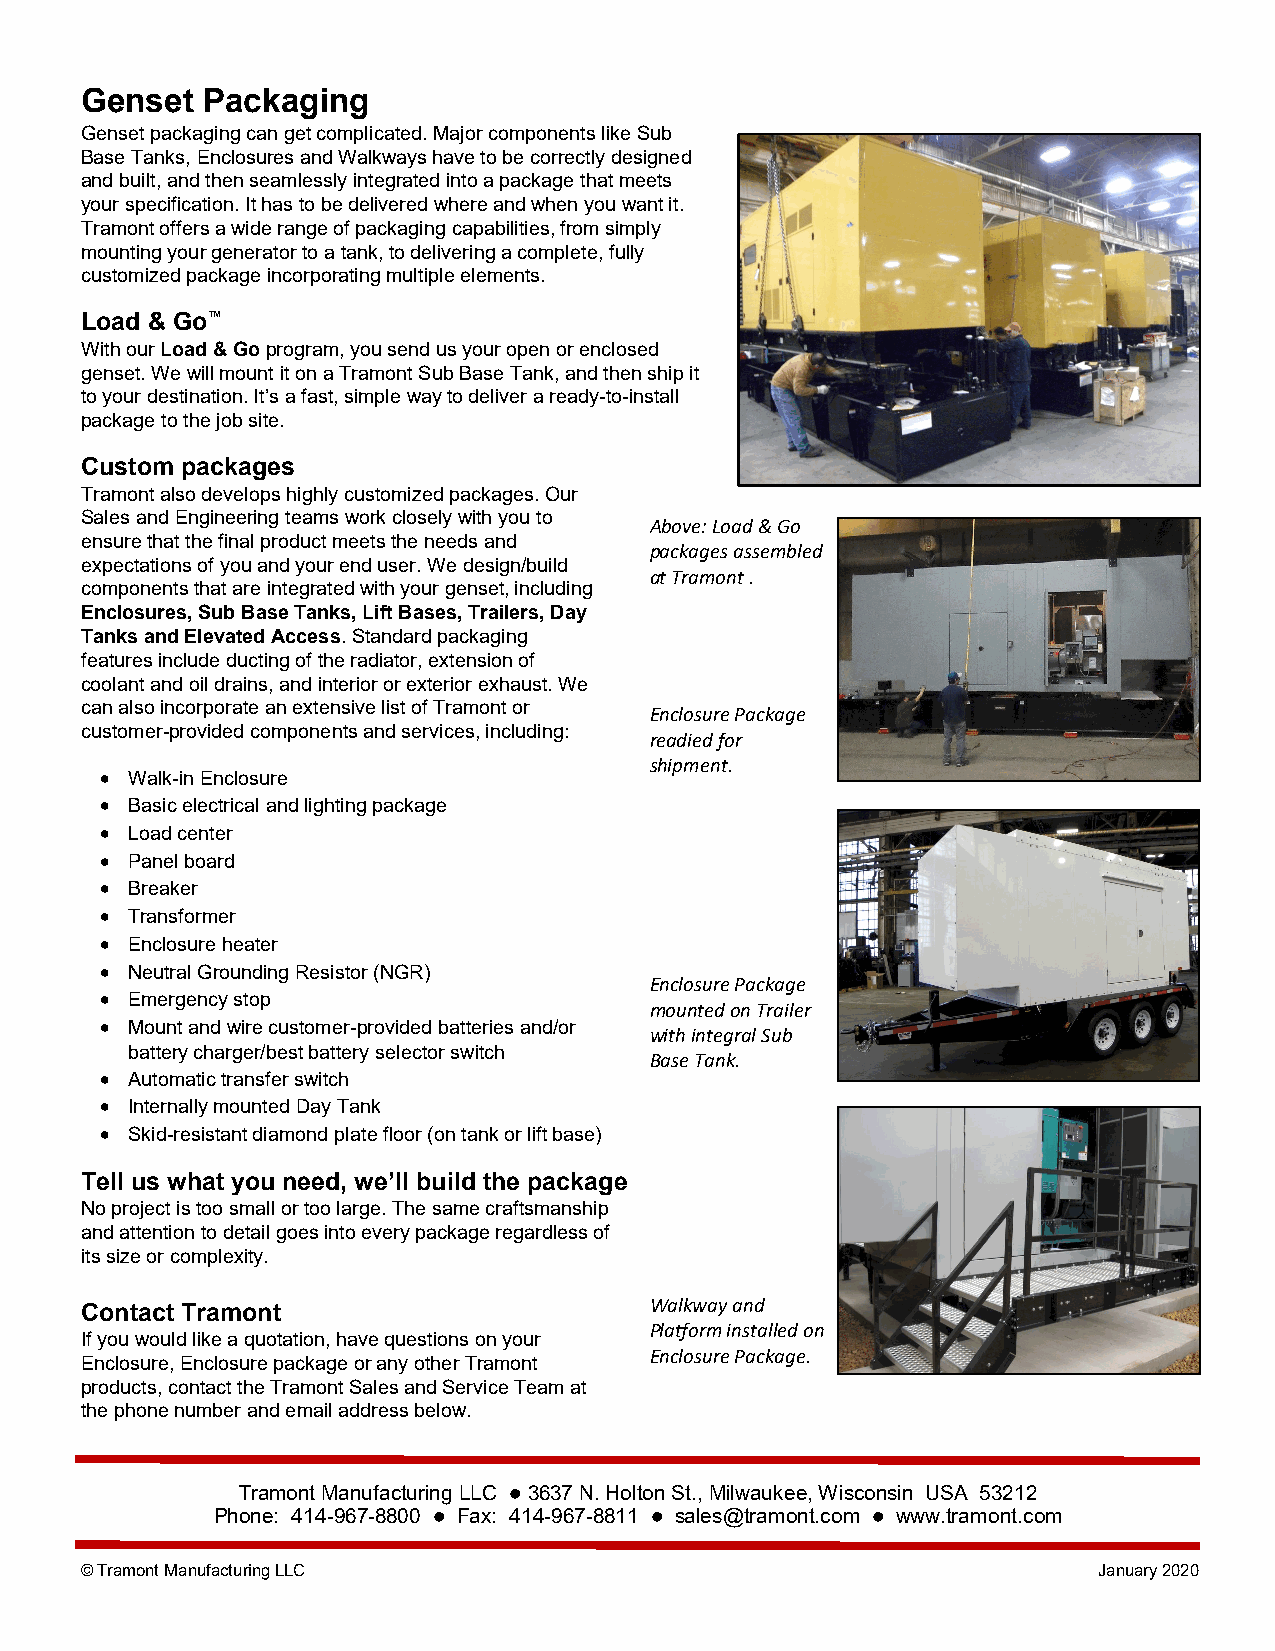
Genset  Packaging
 Genset packaging can get complicated. Major components like Sub
 Base Tanks, Enclosures and Walkways have to be correctly designed
 and built, and then seamlessly integrated into a package that meets
 your specification. It has to be delivered where and when you want it.
 Tramont offers a wide range of packaging capabilities, from simply
 mounting your generator to a tank, to delivering a complete, fully
 customized package incorporating multiple elements.
 Load & Go™
 With our Load & Go program, you send us your open or enclosed
 genset. We will mount it on a Tramont Sub Base Tank, and then ship it
 to your destination. It’s a fast, simple way to deliver a ready-to-install
 package to the job site.
 Custom packages
 Tramont also develops highly customized packages. Our
 Sales and Engineering teams work closely with you to
 Above: Load & Go
 ensure that the final product meets the needs and
 packages assembled
 expectations of you and your end user. We design/build
 at Tramont .
 components that are integrated with your genset, including
 Enclosures, Sub Base Tanks, Lift Bases, Trailers, Day
 Tanks and Elevated Access. Standard packaging
 f
 c
 ce
 o
 aa
 o
 nt
 l
 u
 a
 ar
 n
 le sts
 o
 a
 i inn ndc cl ou
 o
 rd
 i pl
 e
 od
 rrd aau
 tin
 ec st i an
 ,
 ng
 a n
 eo
 d
 xf tt
 i
 enh nte
 e
 s
 rr ivia
 o
 ed
 r
 i la
 o
 ist ro
 t
 er ox,
 f
 t
 e
 e
 Tx
 r
 rt
 i
 aoe mrn s
 e
 oi
 x
 no
 h
 tn
 a
 o
 o
 u
 r
 f
 s t. We
 Enclosure Package
 customer-provided components and services, including:
 readied for
 shipment.
 • Walk-in Enclosure
 • Basic electrical and lighting package
 • Load center
 • Panel board
 • Breaker
 • Transformer
 •
 •
 E Nn ec ul to ras lu Gre
 r
 oh ue na dte inr
 g Resistor (NGR)
 Enclosure Package
 • Emergency stop
 mounted on Trailer
 • Mount and wire customer-provided batteries and/or
 with integral Sub
 battery charger/best battery selector switch
 Base Tank.
 • Automatic transfer switch
 • Internally mounted Day Tank
 • Skid-resistant diamond plate floor (on tank or lift base)
 Tell us what you need, we’ll build the package
 No project is too small or too large. The same craftsmanship
 and attention to detail goes into every package regardless of
 its size or complexity.
 Contact Tramont                       Walkway and
 Platform installed on
 If you would like a quotation, have questions on your
 Enclosure Package.
 Enclosure, Enclosure package or any other Tramont
 products, contact the Tramont Sales and Service Team at
 the phone number and email address below.
 Tramont Manufacturing LLC ⚫ 3637 N. Holton St., Milwaukee, Wisconsin USA 53212
 Phone: 414-967-8800 ⚫ Fax: 414-967-8811 ⚫ sales@tramont.com ⚫ www.tramont.com
 © Tramont Manufacturing LLC                                         January 2020